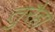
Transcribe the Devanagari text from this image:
तुरैहा